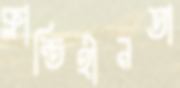
ক্লান্তিহীনতা